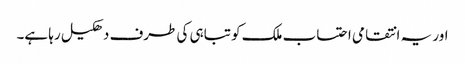
اور یہ انتقامی احتساب ملک کو تباہی کی طرف دھکیل رہا ہے۔